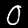
Label: 0